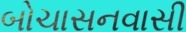
બોચાસનવાસી